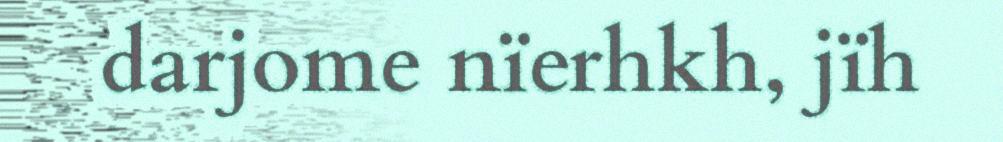
darjome nïerhkh, jïh